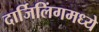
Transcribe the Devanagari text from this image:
दार्जिलिंगमध्ये